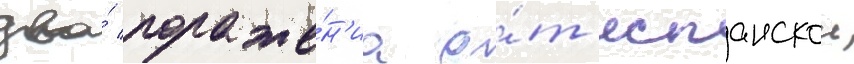
два́ пораже́н'иа о́т испанскои